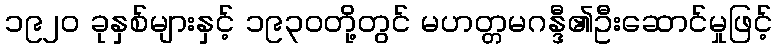
၁၉၂၀ ခုနှစ်များနှင့် ၁၉၃၀တို့တွင် မဟတ္တမဂန္ဒီ၏ဦးဆောင်မှုဖြင့်